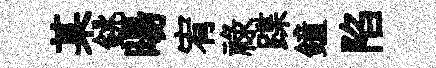
某銚暘宥禄蹀鐘陷